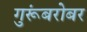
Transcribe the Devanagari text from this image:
गुरूंबरोबर